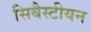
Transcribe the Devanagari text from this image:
सिबैस्टीयन